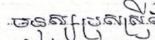
មនុស្សប្រុសស្រី